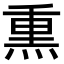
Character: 𤋱